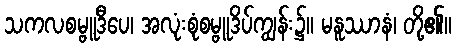
သကလစမ္ဗူဒီပေ၊ အလုံးစုံစမ္ဗူဒိပ်ကျွန်း၌။ မနူဿာနံ၊ တို့၏။